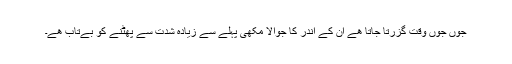
جوں جوں وقت گزرتا جاتا ھے ان کے اندر کا جوالا مکھی پہلے سے زیادہ شدت سے پھٹنے کو بےتاب ھے۔